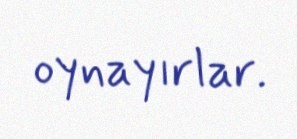
oynayırlar.